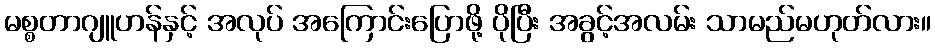
မစ္စတာဂျူဟန်နှင့် အလုပ် အကြောင်းပြောဖို့ ပိုပြီး အခွင့်အလမ်း သာမည်မဟုတ်လား။